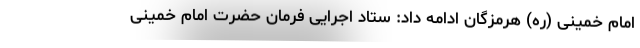
امام خمینی (ره) هرمزگان ادامه داد: ستاد اجرایی فرمان حضرت امام خمینی